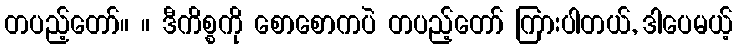
တပည့်တော်။ ။ ဒီကိစ္စကို စောစောကပဲ တပည့်တော် ကြားပါတယ်, ဒါပေမယ့်